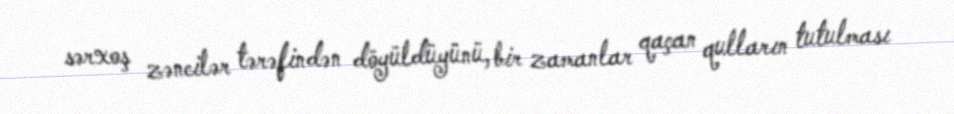
sərxoş zəncilər tərəfindən döyüldüyünü, bir zamanlar qaçan qulların tutulması